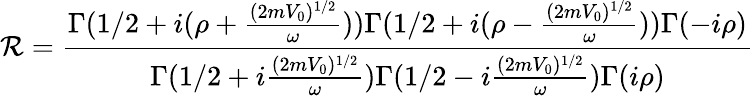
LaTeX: \mathcal{R}=\frac{{\Gamma(1/2+i(\rho+\frac{{(2mV_{0})^{1/2}}}{{\omega}}))\Gamma(1/2+i(\rho-\frac{{(2mV_{0})^{1/2}}}{{\omega}}))\Gamma(-i\rho)}}{{\Gamma(1/2+i\frac{{(2mV_{0})^{1/2}}}{{\omega}})\Gamma(1/2-i\frac{{(2mV_{0})^{1/2}}}{{\omega}})\Gamma(i\rho)}}